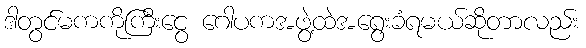
ဒါတွင်မကကိုကြီးငွေ ဂေါပကအဖွဲ့ထဲအရွေးခံရမယ်ဆိုတာလည်း